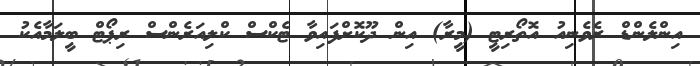
އިންލެންޑް ރެވެނިއު އޮތޯރިޓީ (މީރާ) އިން ދޫކޮށްފައިވާ ޓެކްސް ކްލިއަރެންސް ރިޕޯޓް ބީލަމާއެކު